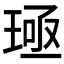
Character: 𬍪